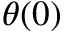
\theta ( 0 )